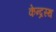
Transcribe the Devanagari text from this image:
केन्द्रस्थ